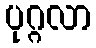
ပုဂ္ဂလာ